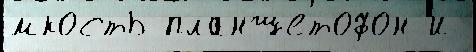
́мкость планшетофон и